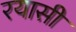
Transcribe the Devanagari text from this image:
रयासी